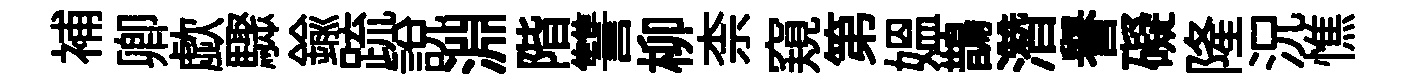
補卿歔驟鍮䟽説淵階讐柳柰窺第媪鵲濳譽礙隆況憔